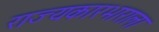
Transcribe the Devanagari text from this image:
राज्यकारभाराला